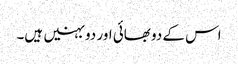
اس کے دو بھائی اور دو بہنیں ہیں۔